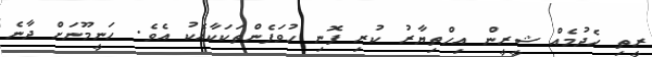
ރީތި ހެދުމެއް ޝީރީން އިހްތިޔާރު ކުރި ފޮނި ހުވަފެންތަކަކާއެކު އެވެ. ހަނީމޫނަށް ދާނެ